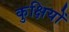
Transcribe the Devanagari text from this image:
कुक्षियों